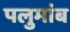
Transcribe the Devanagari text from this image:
पलुमांब